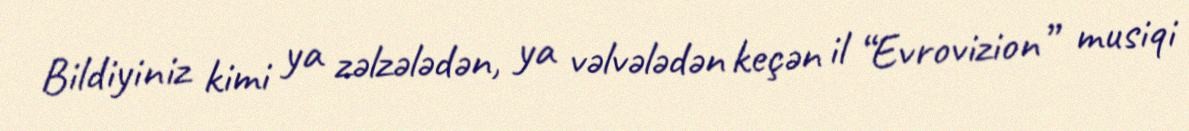
Bildiyiniz kimi ya zəlzələdən, ya vəlvələdən keçən il “Evrovizion” musiqi